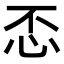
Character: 𢗫